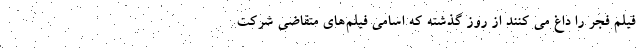
فیلم فجر را داغ می کنند از روز گذشته که اسامی فیلم‌های متقاضی شرکت